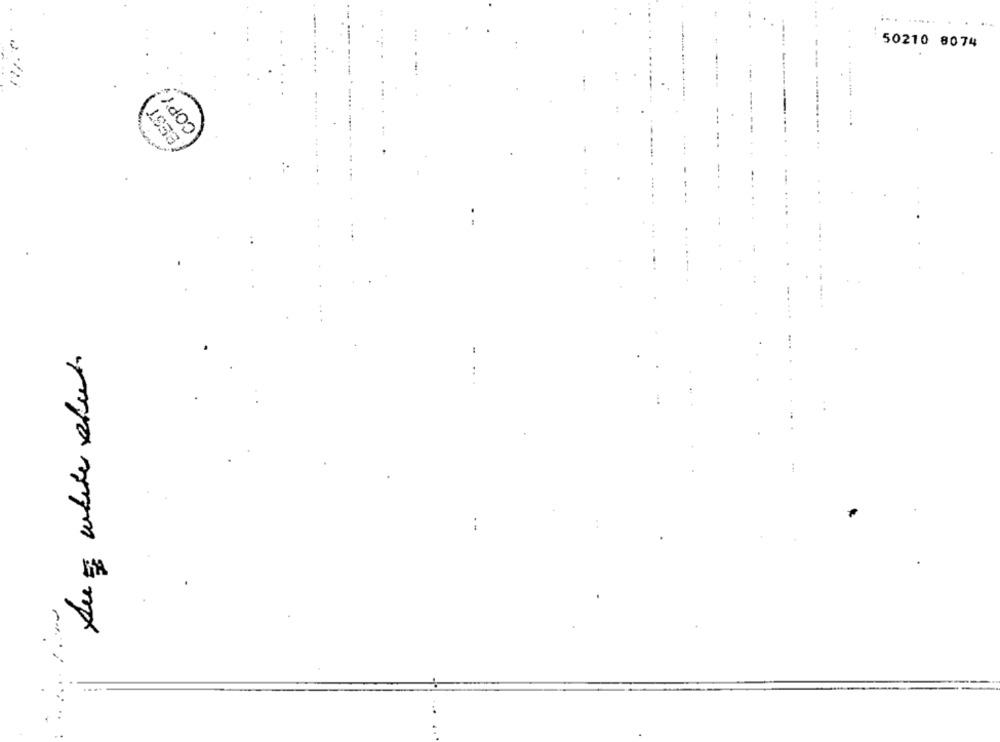
50210 8074
---
COPY
Au white slut